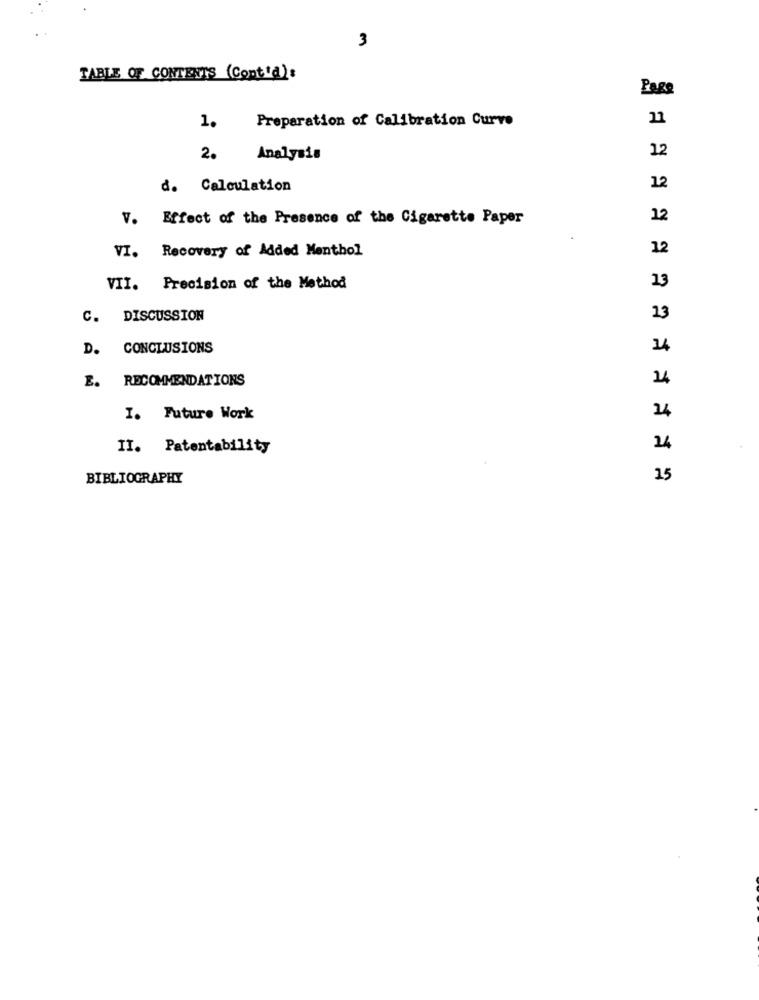
3
TABLE OF CONTENTS (Cont'd):
Page
Preparation of Calibration Curve
11
1.
12
2.
Analysis
d. Calculation
12
V. Effect of the Presence of the Cigarette Paper
12
VI. Recovery of Added Menthol
12
13
VII. Precision of the Method
C. DISCUSSION
13
D. CONCLUSIONS
14
E. RECOMMENDATIONS
I. Future Work
II. Patentability
BIBLIOGRAPHY
15